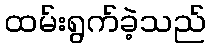
ထမ်းရွက်ခဲ့သည်